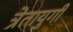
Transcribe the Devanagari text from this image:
त्रेतायुगी